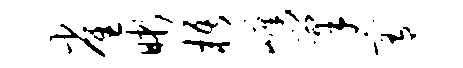
雀晰梧嶂巢宥